Lunatic asylums Punjab 1895-1910 - 1895-1910
Year: 1895
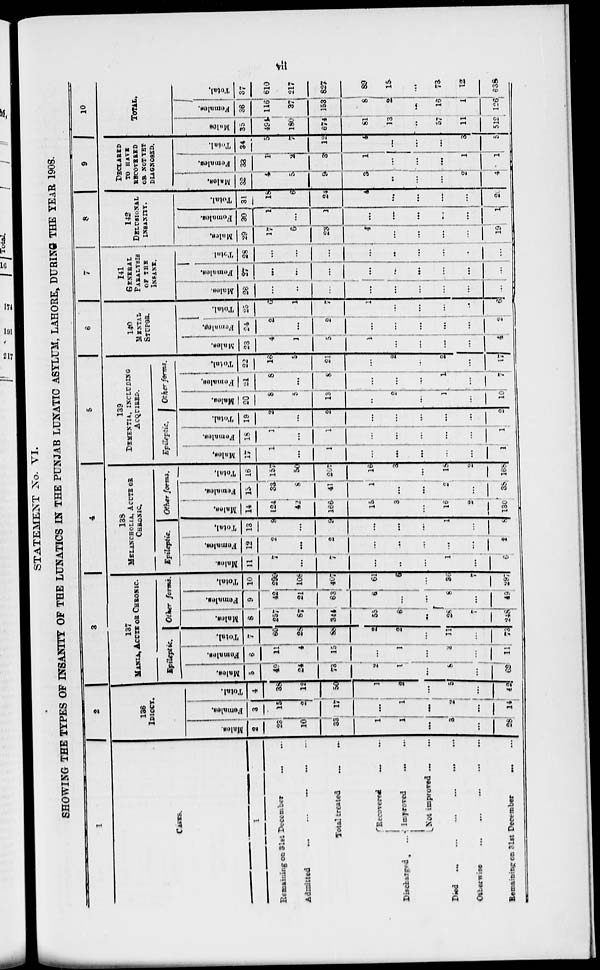
vii
STATEMENT Xo. VI.
SHOWING THE TYPES OF INSANITY OF THE LUNATICS IN THE PUNJAB LUNATIC ASYLUM, LAHORE, DURING THE YEAR 1908.
1
CASES.
Remaining on 31st December ... ...
Admitted ... ... ... ... ...
Total treated ... ...
Discharged. ...
Received ... ...
Improved ... ...
Not improved ... ...
Died
...
...
...
...
...
...
Otherwise ... ... ... ... .... ... ...
Remaining on 31st December
...
...
2
136
IDIOCY.
Males.
2
23
10
33
1
1
...
3
...
28
Females.
3
15
2
17
...
1
...
2
...
14
Total.
4
38
12
50
1
2
...
5
...
42
3
137
MAVIA, ACUTE OR CHRONIC
Epileptic.
Males.
5
49
24
73
2
1
...
8
...
62
Females.
6
11
4
15
...
1
...
3
...
11
Total.
7
60
28
88
2
2
...
11
...
73
Other forms.
Males
8
257
87
344
55
6
...
28
7
248
Females.
9
42
21
63
6
...
...
8
...
49
Total.
10
299
108
407
61
6
...
36
7
297
4
138
MELANCHOLIA. ACUTE OR
CHRONIC.
Epilaptic
Males.
11
7
...
7
...
...
...
1
...
6
Females.
12
2
...
2
...
...
...
...
...
2
Total.
13
9
...
9
...
...
...
...
...
8
Other
forms.
Males.
14
124
42
166
15
3
...
16
2
130
Females.
15
33
8
41
1
...
...
2
...
38
Total.
16
157
50
207
16
3
...
18
2
168
5
139
DXMENTIA INCLUDING
ACQUIRES.
Epileptic.
Males.
17
1
1
...
...
...
...
1
Females.
18
1
...
1
...
...
...
...
...
1
Total.
19
2
...
2
...
...
...
...
...
2
Other
ferms.
Males.
20
8
5
13
...
2
... .
1
...
10
Females.
21
8
...
8
...
...
...
1
...
7
Total.
22
16
5
21
...
2
...
2
...
17
6
140
MENTAL
STUPOR.
Males.
23
4
1
5
1
...
...
...
...
4
Females.
24
2
...
2
...
...
...
...
...
2
Total.
25
6
1
7
...
...
...
...
...
6
7
141
GENERAL
PARALYSIS
OF THE
INSANE.
Males.
28
...
...
...
...
...
...
...
...
...
Females.
27
...
...
...
...
...
...
...
...
...
Total.
28
...
...
...
...
...
...
...
...
...
8
142
DELUSIONAL
INSANITY.
Males.
29
17
6
23
4
...
...
...
...
19
Females.
30
1
...
1
...
...
...
...
...
1
Total.
31
18
6
24
4
...
...
...
...
2
9
DECLARED
TO HAVE
RECOVERED
OR NOT YET
DIAGNOSED.
Males.
32
4
5
9
3
...
...
...
2
4
Females.
33
1
2
3
1
...
...
...
1
1
Total.
34
5
7
12
4
...
...
...
3
5
10
TOTAL.
Males.
35
494
180
674
81
13
...
57
11
512
Females.
36
116
37
153
8
2
...
16
1
126
Total.
37
610
217
827
89
15
...
73
12
638